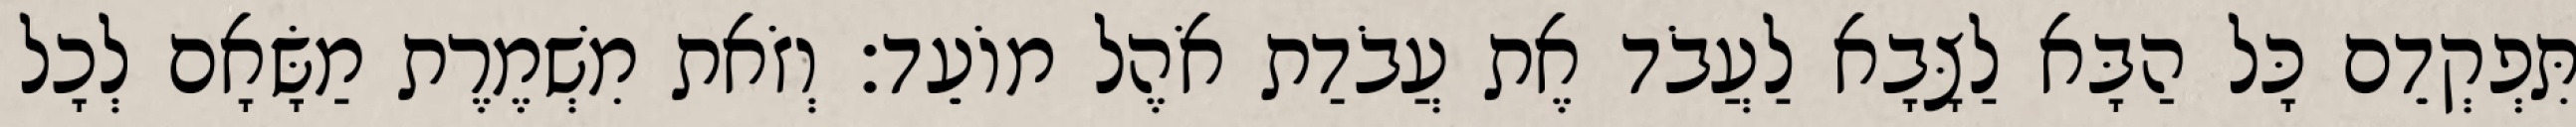
תִּפְקְדֵם כָּל הַבָּא לַצָּבָא לַעֲבֹד אֶת עֲבֹדַת אֹהֶל מוֹעֵד׃ וְזֹאת מִשְׁמֶרֶת מַשָּׂאָם לְכָל